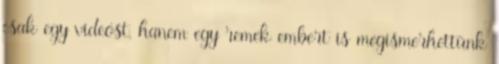
csak egy videóst, hanem egy remek embert is megismerhettünk